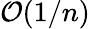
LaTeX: {\cal O}(1/n)